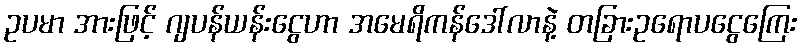
ဥပမာ အားဖြင့် ဂျပန်ယန်းငွေဟာ အမေရိကန်ဒေါ်လာနဲ့ တခြားဥရောပငွေကြေး